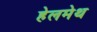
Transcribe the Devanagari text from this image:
हेलमेथ